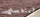
ليندساي